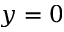
y = 0